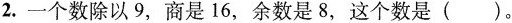
2.一个数除以9，商是16，余数是8，这个数是()。